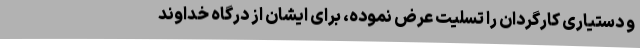
و دستیاری کارگردان را تسلیت عرض نموده، برای ایشان از درگاه خداوند